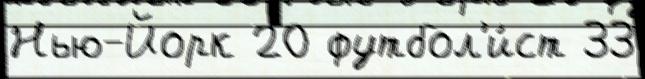
Нью-Йорк 20 футбол'и́ст 33